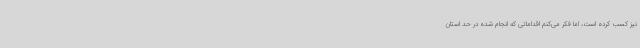
نیز کسب کرده است، اما فکر می‌کنم اقداماتی که انجام شده در حد استان